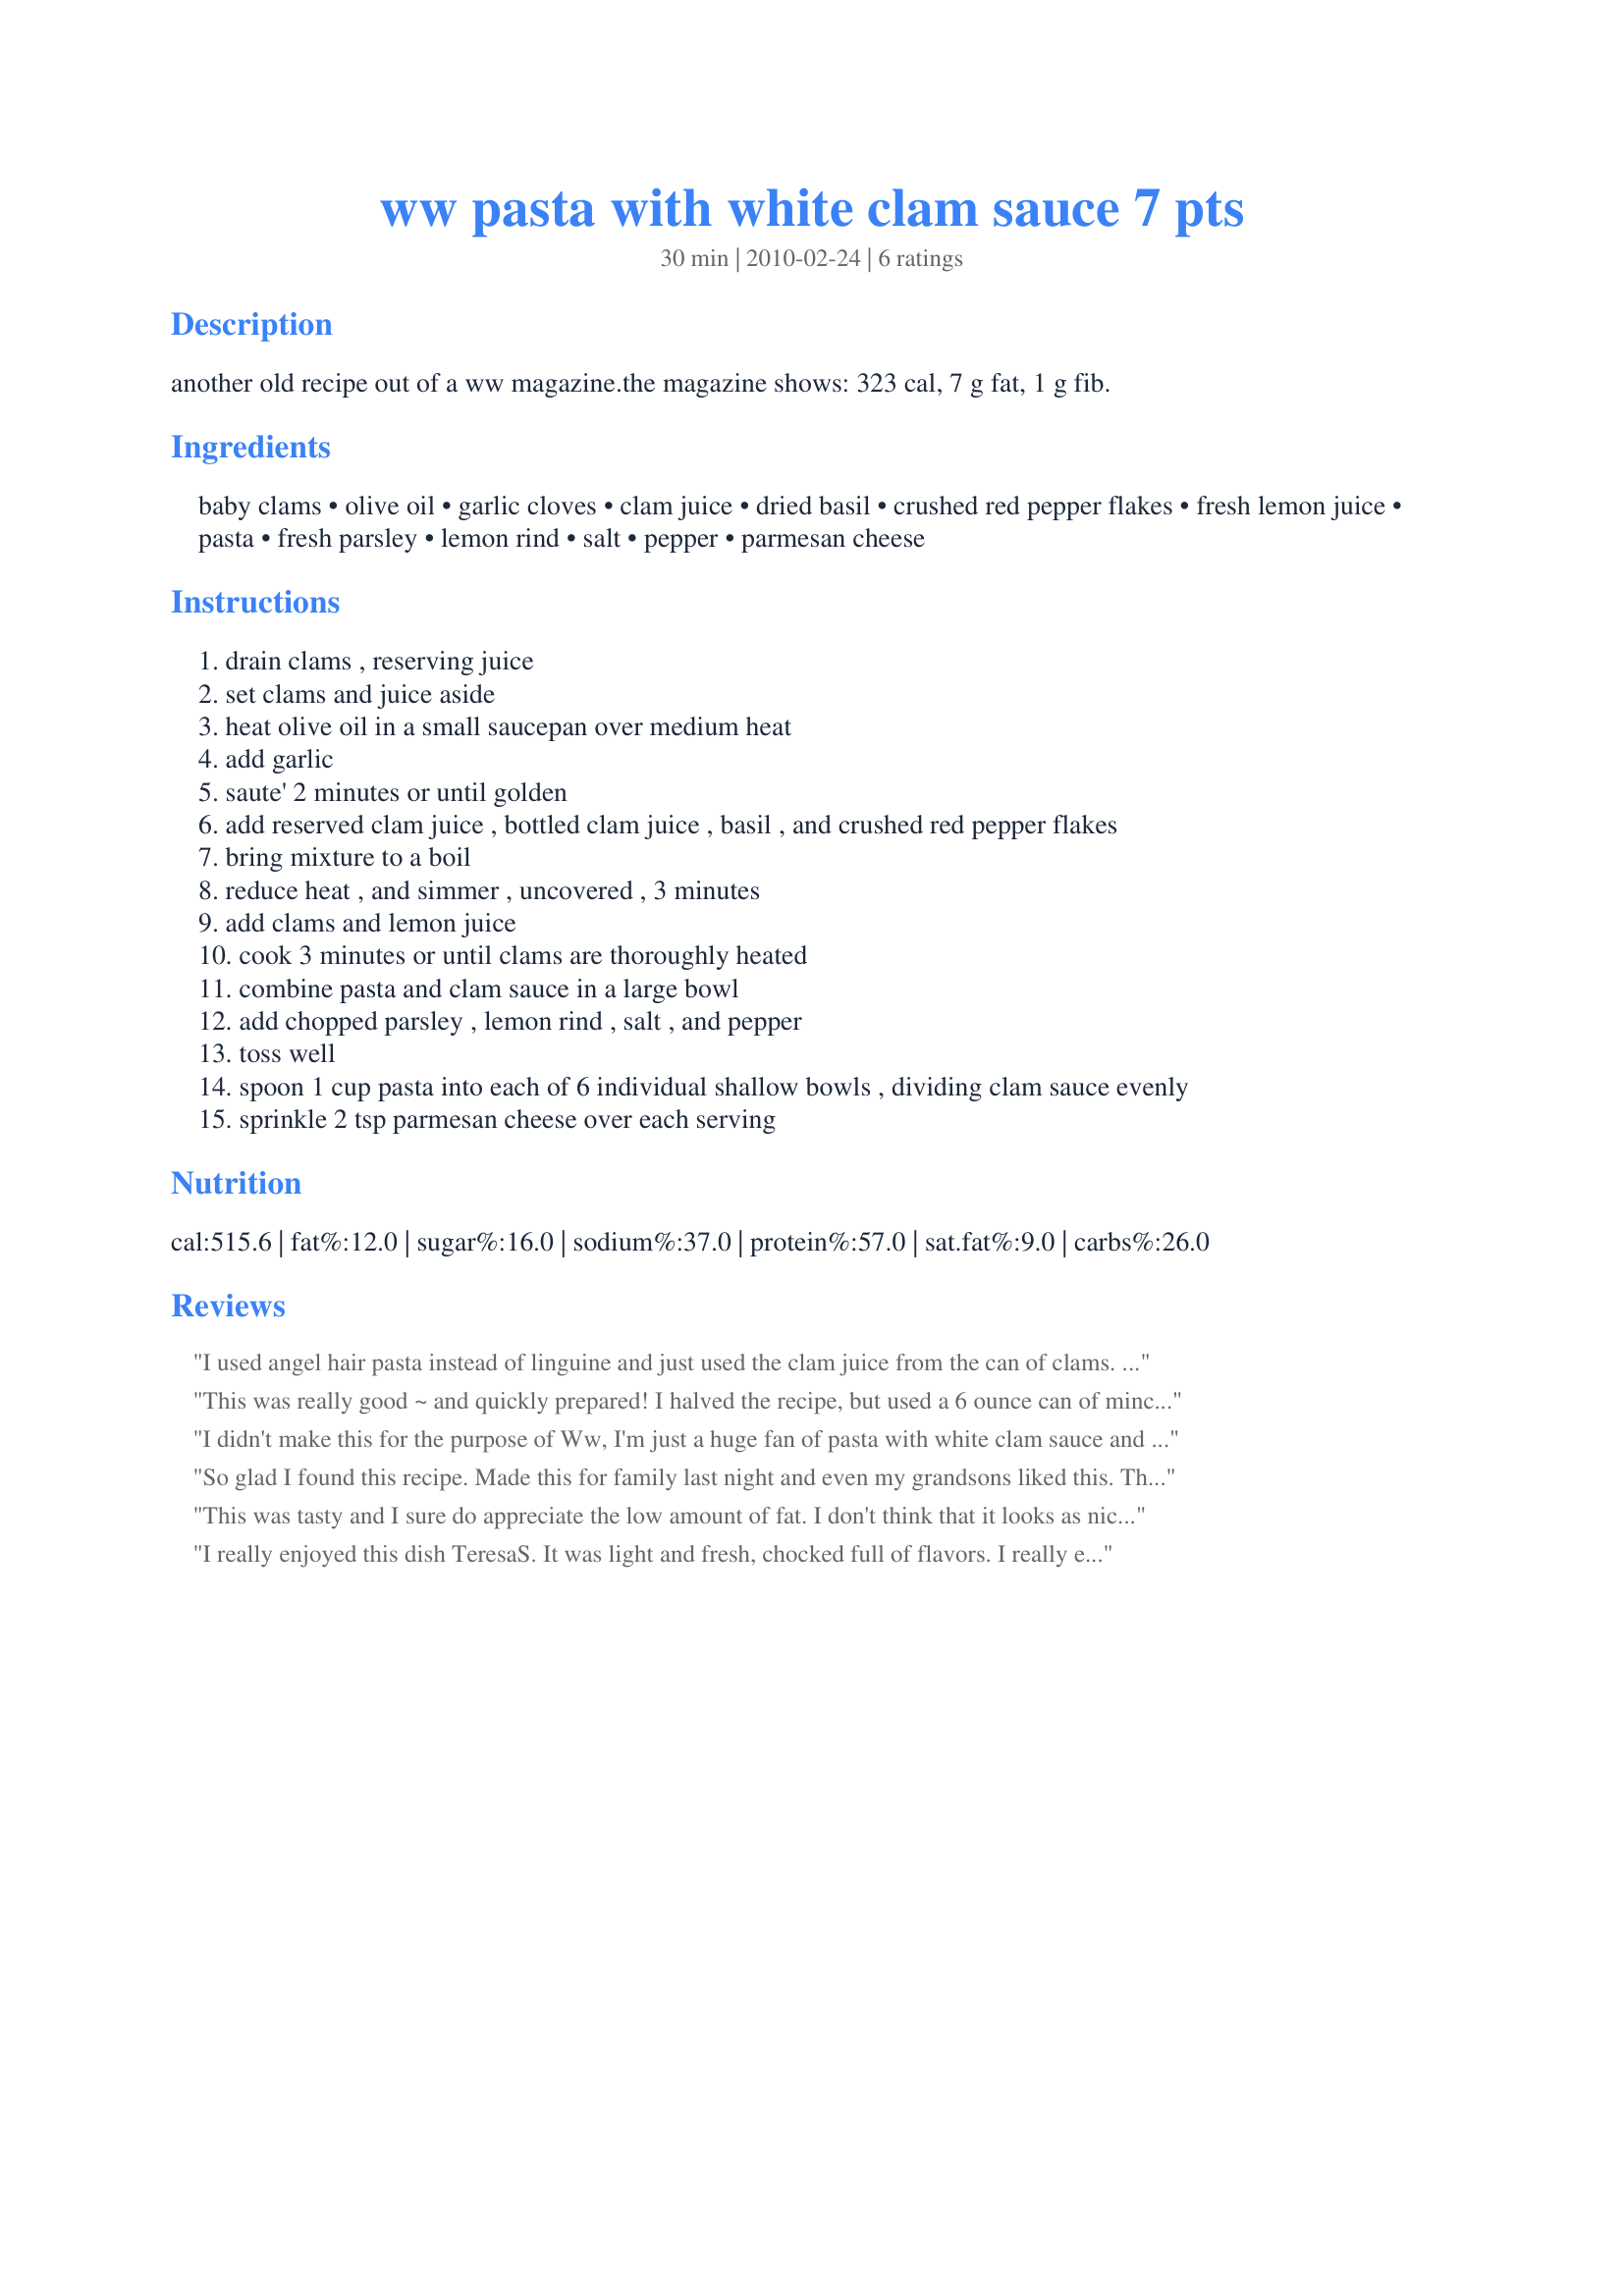
ww pasta with white clam sauce 7 pts
Preparation time: 30 minutes

another old recipe out of a ww magazine.the magazine shows: 323 cal, 7 g fat, 1 g fib.

Ingredients:
baby clams, olive oil, garlic cloves, clam juice, dried basil, crushed red pepper flakes, fresh lemon juice, pasta, fresh parsley, lemon rind, salt, pepper, parmesan cheese

Steps:
drain clams , reserving juice
set clams and juice aside
heat olive oil in a small saucepan over medium heat
add garlic
saute' 2 minutes or until golden
add reserved clam juice , bottled clam juice , basil , and crushed red pepper flakes
bring mixture to a boil
reduce heat , and simmer , uncovered , 3 minutes
add clams and lemon juice
cook 3 minutes or until clams are thoroughly heated
combine pasta and clam sauce in a large bowl
add chopped parsley , lemon rind , salt , and pepper
toss well
spoon 1 cup pasta into each of 6 individual shallow bowls , dividing clam sauce evenly
sprinkle 2 tsp parmesan cheese over each serving

Reviews:
I used angel hair pasta instead of linguine and just used the clam juice from the can of clams. Also used fresh basil. I really liked the lemon and crushed red peppers in this. Very surprised this is WW, it tastes very rich and is very filling. Made for Zaar Stars tag game. Thanks for sharing!
This was really good ~ and quickly prepared! I halved the recipe, but used a 6 ounce can of minced clams with juice, instead of 4 ounces clam juice. Tagged for 123 Hit Wonders.
I didn't make this for the purpose of Ww, I'm just a huge fan of pasta with white clam sauce and this recipe doesn't disappoint, the lemon really gives this great flavor. I made as written but scaled it down for 1 serving and omitted the bottle of clam juice as there was plenty of juice in the can of clams. This will be added to my clam sauce rotation and "Best of 2012 Cookbook" as well, thanks! Made for 123HITS *APRIL 2012*
So glad I found this recipe. Made this for family last night and even my grandsons liked this. They couldn&#039;t believe this was WW. The lemon juice and red pepper flakes really enhanced the favors. I think the next time I won&#039;t add a bottle of clam juice. I think it&#039;s juicy enough for the sauce without it. Also I just put the parm cheese out in a bowl and we used less than the recipe called for. Sooooo good and I will definitely be making this again and again.
This was tasty and I sure do appreciate the low amount of fat. I don't think that it looks as nice as the white clam sauces but for the trade off in fat this will do nicely for me. It also easy and simple to make so with all things added up it's 4 stars for me. :D
I really enjoyed this dish TeresaS. It was light and fresh, chocked full of flavors. I really enjoy clams with pasta. I love the addition of basil and lemon to this dish. It was quick and so easy to make and was on the tablie in less than 20 minutes. Made exactly as written using Bucatini Noodles. Thanks for sharing this winner.
